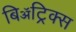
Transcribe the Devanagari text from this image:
बिॲट्रिक्स